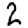
Digit: 2